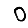
Digit: 0